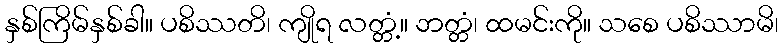
နှစ်ကြိမ်နှစ်ခါ။ ပစိဿတိ၊ ကျိုရ လတ္တံ့။ ဘတ္တံ၊ ထမင်းကို။ သစေ ပစိဿာမိ၊